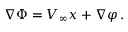
\nabla \Phi = V _ { \infty } x + \nabla \varphi \, .